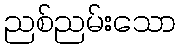
ညစ်ညမ်းသော